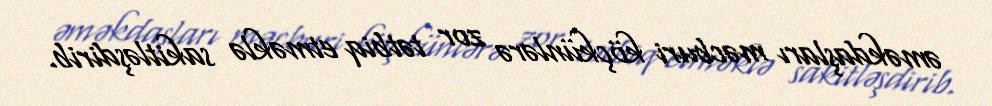
əməkdaşları məcburi köçkünlərə zor tətbiq etməklə sakitləşdirib.